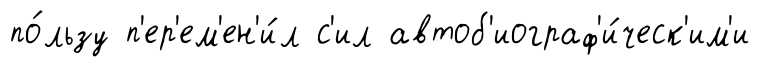
по́льзу п'ер'ем'ен'и́л с'ил автоб'иограф'и́ческ'им'и